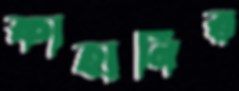
কাহানির